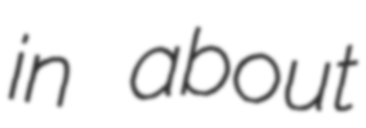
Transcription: in about